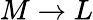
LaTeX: M\rightarrow L